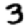
Digit: 3